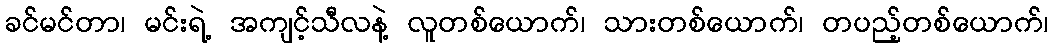
ခင်မင်တာ၊ မင်းရဲ့ အကျင့်သီလနဲ့ လူတစ်ယောက်၊ သားတစ်ယောက်၊ တပည့်တစ်ယောက်၊